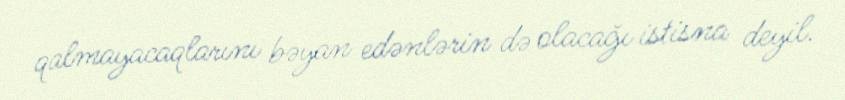
qalmayacaqlarını bəyan edənlərin də olacağı istisna deyil.